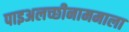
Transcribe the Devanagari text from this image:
पाइअलच्छीनाममाला